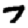
Digit: 7